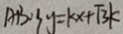
A B : 3 y = k x + \sqrt { 3 } k